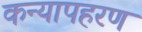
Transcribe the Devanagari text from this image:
कन्यापहरण